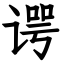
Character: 谔